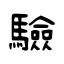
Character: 驗